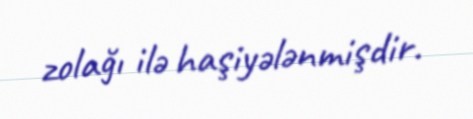
zolağı ilə haşiyələnmişdir.